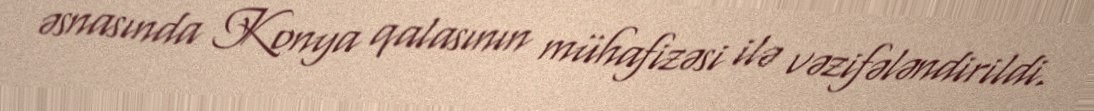
əsnasında Konya qalasının mühafizəsi ilə vəzifələndirildi.